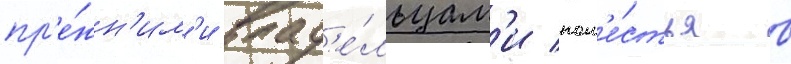
пр'е́жн'им'и влад'е́льцам'и пом'е́стья в